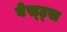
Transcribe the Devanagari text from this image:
वेस्ट्स